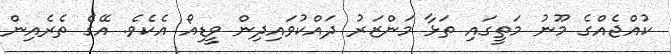
ކުއްޖެއްގެ މޫނު މަތީގައި ތަޅާ މަންޒަރު ދައްކުވައިދިން ވީޑިއޯ އެކެވެ. އޭގެ ތެރެއިން